Annual report of the Imperial Bacteriological Laboratory, Muktesar
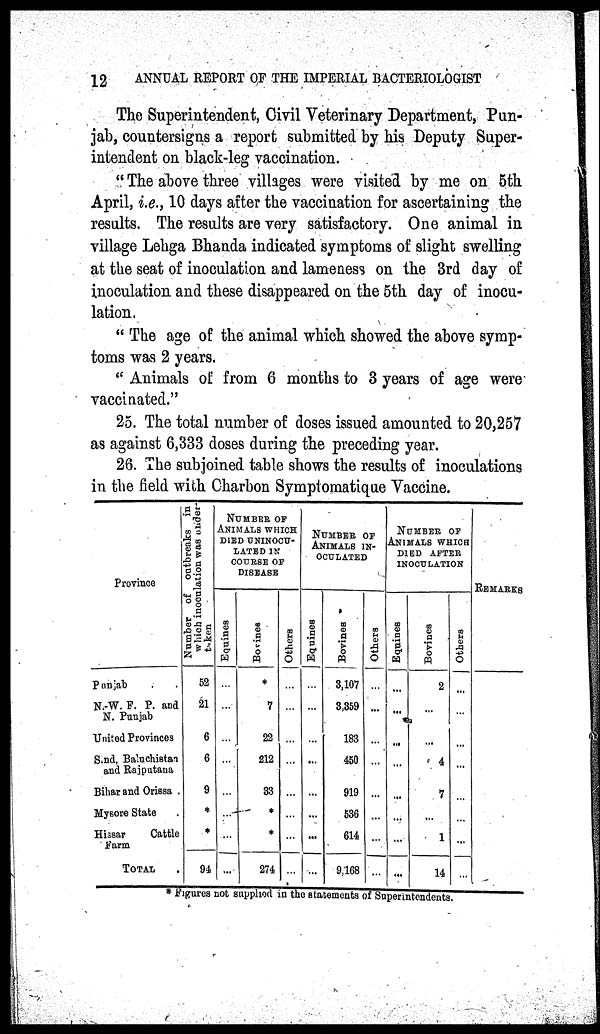
12
ANNUAL REPORT OF THE IMPERIAL BACTERIOLOGIST
The Superintendent, Civil Veterinary Department, Pun¬
jab, countersigns a report submitted by his Deputy Super-
intendent on black-leg vaccination.
" The above three villages were visited by me on 5th
April, i.e., 10 days after the vaccination for ascertaining the
results. The results are very satisfactory. One animal in
village Lehga Bhanda indicated symptoms of slight swelling
at the seat of inoculation and lameness on the 3rd day of
inoculation and these disappeared on the 5th day of inocu-
lation.
" The age of the animal which showed the above symp-
toms was 2 years.
" Animals of from 6 months to 3 years of age were
vaccinated."
25. The total number of doses issued amounted to 20,257
as against 6,333 doses during the preceding year.
26. The subjoined table shows the results of inoculations
in the field with Charbon Symptomatique Vaccine.
Province
Punjab
N.-W. F. P. and
N. Punjab
United Provinces
Sind, Baluchistan
and Rajputana
Bihar and Orissa
Mysore State
Hissar
Cattle
Farm
TOTAL
Number of outbreaks in
which inoculation was under-
taken
52
21
6
6
9
*
*
94
NUMBER OF
ANIMALS WHICH
DIED UNINOCU¬
LATED IN
COURSE OF
DISEASE
Equines
...
...
...
...
...
...
...
...
Bovines
*
7
22
212
33
*
*
274
Others
...
...
...
...
...
...
...
...
NUMBER
OF
ANIMALS IN-
--------
Equines
...
...
...
...
...
...
...
...
Bovines
3,107
3,359
183
450
919
536
614
9,168
Others
...
...
...
...
...
...
...
...
NUMBER OF
ANIMALS WHICH
DIED AFTER
INOCULATION
Equines
...
...
...
...
...
...
...
...
Bovines
2
...
...
4
7
...
1
14
Others
...
...
...
...
...
..
..
REMARKS
* Figures not supplied in the statements of Superintendents.